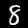
Digit: 8